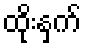
ထိုးနှက်